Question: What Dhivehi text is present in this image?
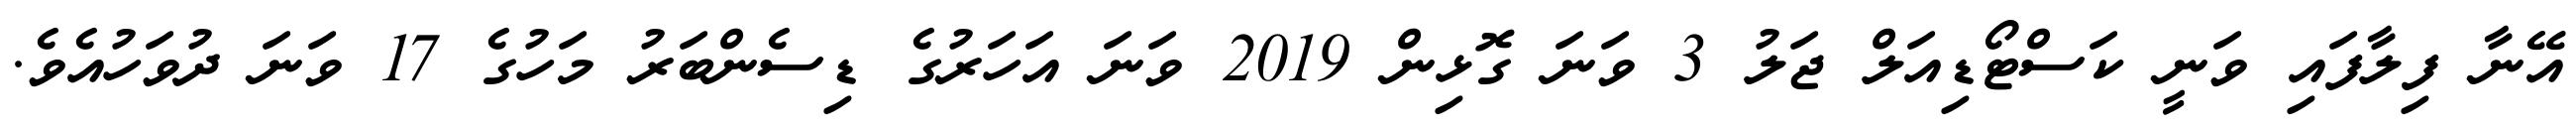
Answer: އޭނާ ފިލާފައި ވަނީ ކަސްޓޯޑިއަލް ޖަލު 3 ވަނަ ގޮޅިން 2019 ވަނަ އަހަރުގެ ޑިސެންބަރު މަހުގެ 17 ވަނަ ދުވަހުއެވެ.